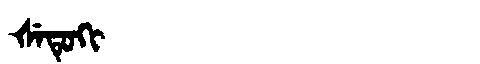
Manchu: ᡧᡝᡨᡠᡴᡳ
Romanization: ŠETUKI